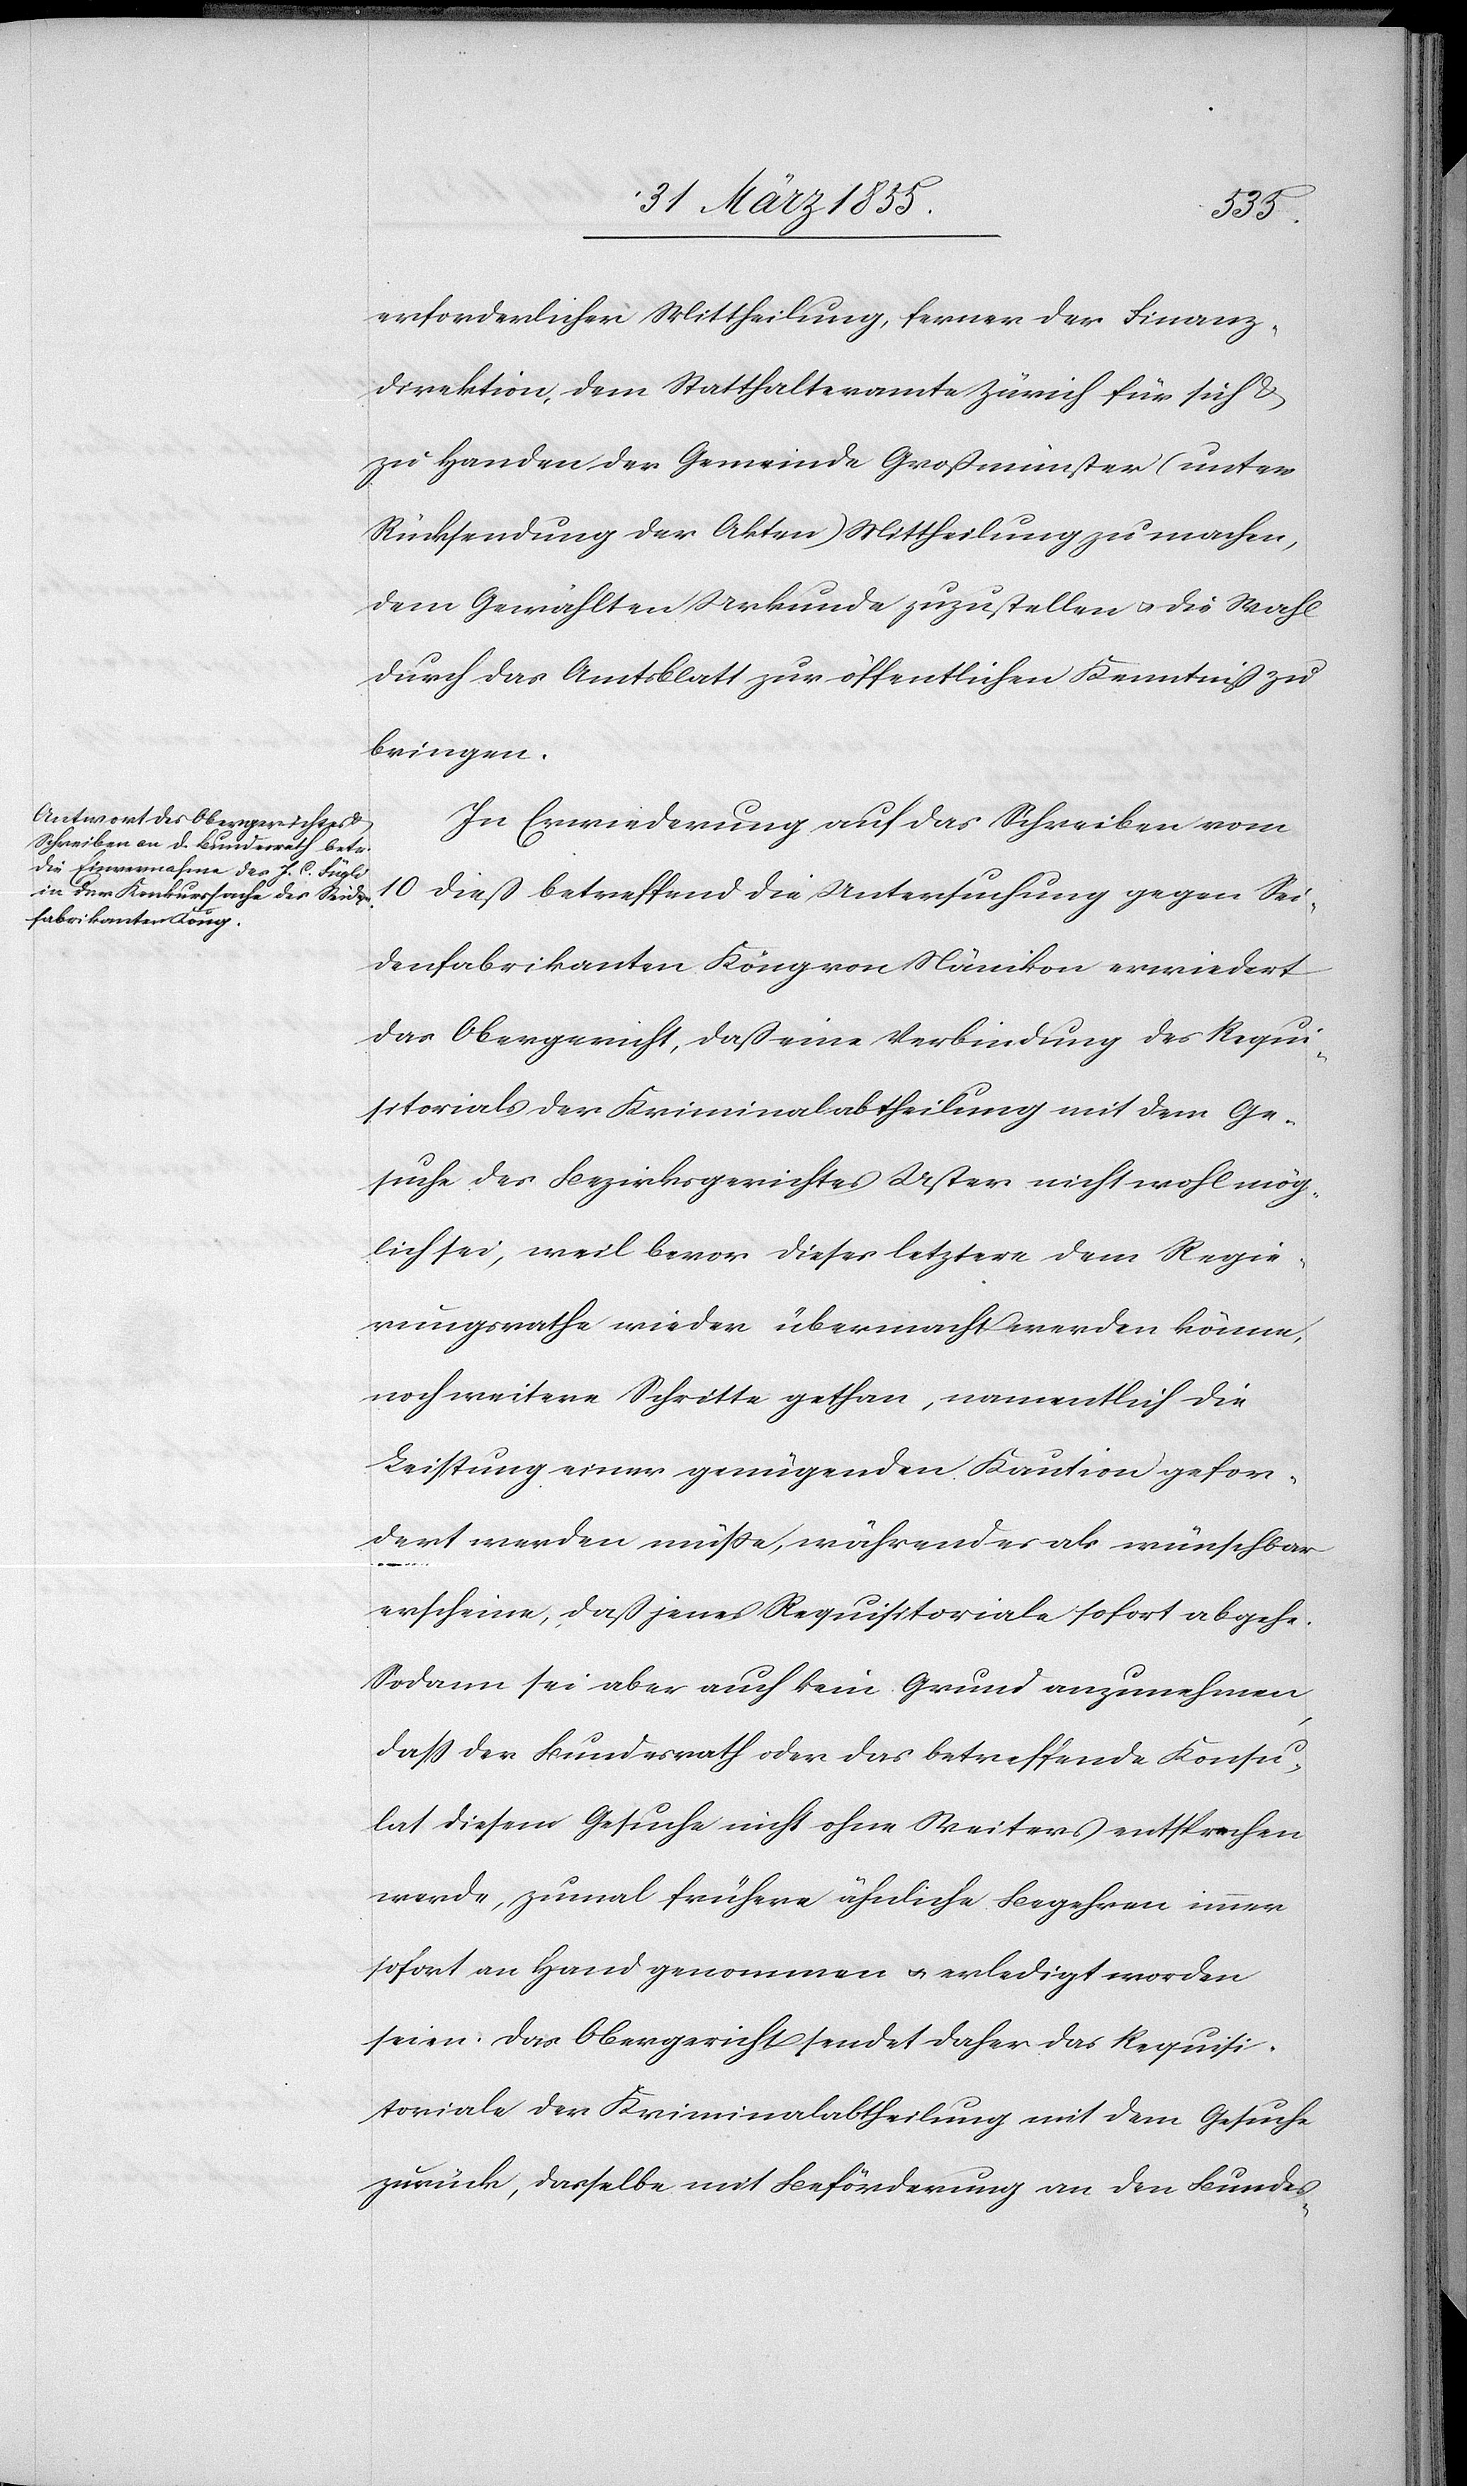
erforderlicher Mittheilung, ferner der Finanz¬
direktion, dem Statthalteramte Zürich für sich &
zu Handen der Gemeinde Großmünster (unter
Rücksendung der Akten) Mittheilung zu machen,
dem Gewählten Urkunde zuzustellen & die Wahl
durch das Amtsblatt zur öffentlichen Kenntniß zu
bringen.
In Erwiederung auf das Schreiben vom
10 dieß betreffend die Untersuchung gegen Sei¬
denfabrikanten Köng von Nänikon erwiedert
das Obergericht, daß eine Verbindung des Requi¬
sitorials der Kriminalabtheilung mit dem Ge¬
suche des Bezirksgerichtes Uster nicht wohl mög¬
lich sei, weil bevor dieses letztere dem Regie¬
rungsrathe wieder übermacht werden könne,
noch weitere Schritte gethan, namentlich die
Leistung einer genügenden Kaution gefor¬
dert werden müsse, während es als wünschbar
erscheine, daß jenes Requisitoriale sofort abgehe.
Sodann sei aber auch kein Grund anzunehmen,
dass der Bundesrath oder das betreffende Konsu¬
lat diesem Gesuche nicht ohne Weiters entsprechen
werde, zumal frühere ähnliche Begehren immer
sofort an Hand genommen & erledigt worden
seien. Das Obergericht sendet daher das Requisi¬
toriale der Kriminalabtheilung mit dem Gesuche
zurück, dasselbe mit Beförderung an den Bundes-